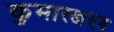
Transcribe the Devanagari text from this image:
कुमारखण्ड